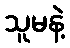
သူမနဲ့